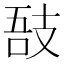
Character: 𢻊